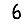
Digit: 6